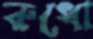
রুধো